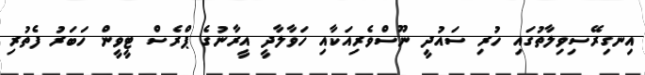
އިނގިރޭސިވިލާތުގައި ހުރި ސައުދީ ނޫސްވެރިއަކާއި ހަވާލާދީ އީރާނުގެ ޕްރެސް ޓީވީން ހަބަރު ފެތުރި